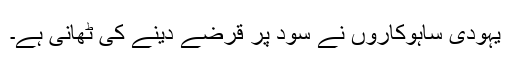
یہودی ساہوکاروں نے سود پر قرضے دینے کی ٹھانی ہے۔